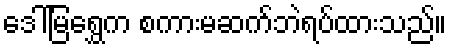
ဒေါ်မြရွှေက စကားမဆက်ဘဲရပ်ထားသည်။